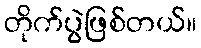
တိုက်ပွဲဖြစ်တယ်။